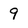
Character: 9